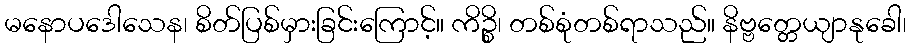
မနောပဒေါသေန၊ စိတ်ပြစ်မှားခြင်းကြောင့်။ ကိဉ္စိ၊ တစ်စုံတစ်ရာသည်။ နိဗ္ဗတ္တေယျာနုခေါ၊